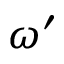
\omega ^ { \prime }